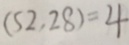
( 5 2 , 2 8 ) = 4